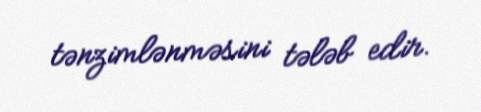
tənzimlənməsini tələb edir.